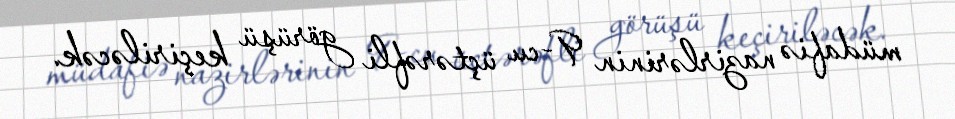
müdafiə nazirlərinin 9-cu üçtərəfli görüşü keçiriləcək.